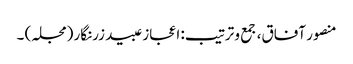
منصور آفاق، جمع و ترتیب: اعجاز عبید زرنگار (مجلہ) ۔